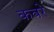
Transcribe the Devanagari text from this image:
कवरे